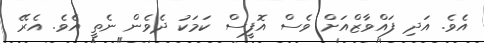
އެވެ. އަދި ފައްވާޒްއަށް ވެސް އޮފީސް ކަމަކު ދެވެން ނެތީ އެވެ. އެރޭ